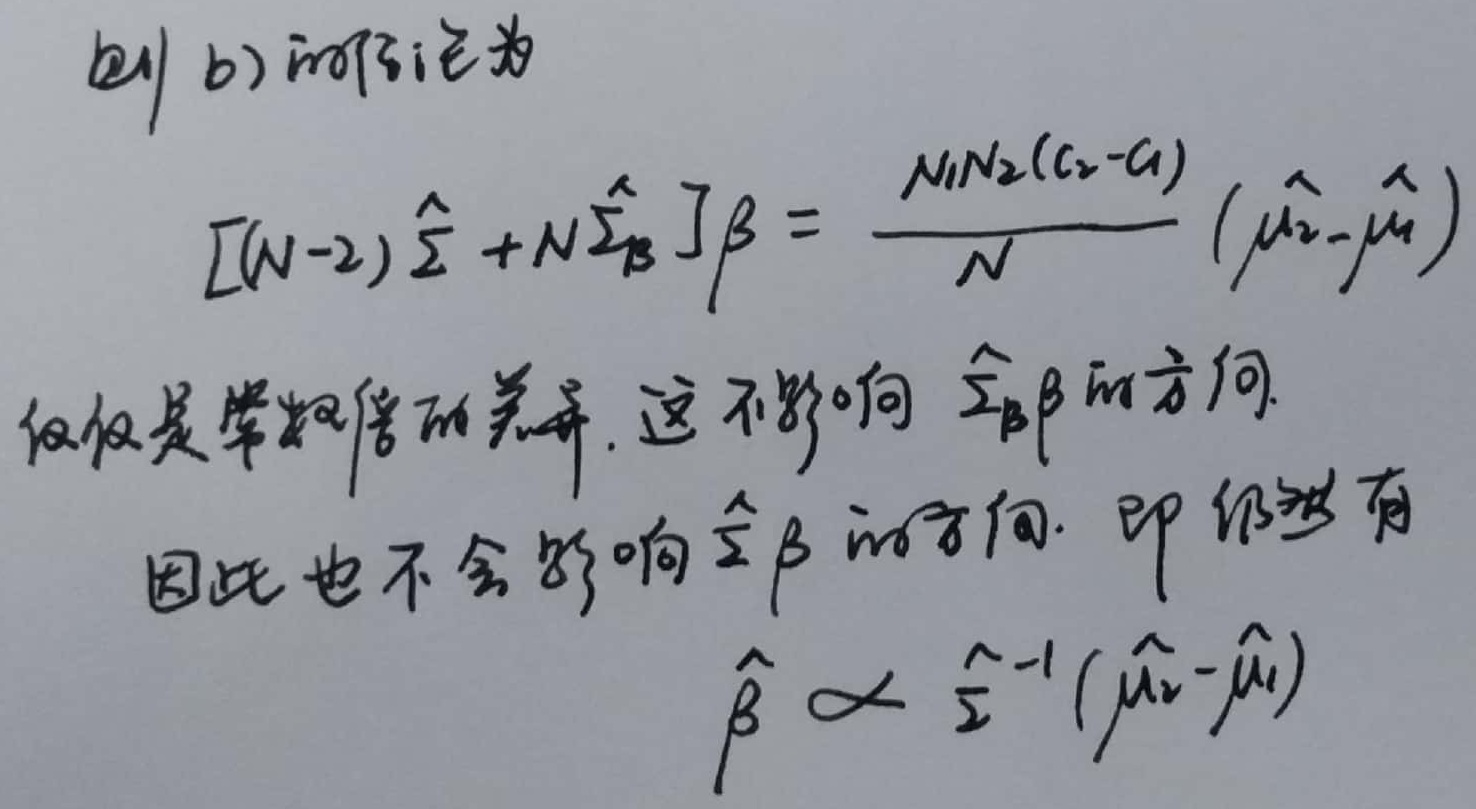
则 b) 可假定为
\[
[(N - 2)\hat{\Sigma}+N\hat{\Sigma_B}]\beta=\frac{N_1N_2(c_2 - c_1)}{N}(\hat{\mu_2}-\hat{\mu_1})
\]
仅仅是常数倍的差异，这不影响 $\hat{\Sigma}\beta$ 的方向。因此也不会影响 $\hat{\beta}$ 的方向。 即仍然有
\[
\hat{\beta}\propto\hat{\Sigma}^{-1}(\hat{\mu_2}-\hat{\mu_1})
\]